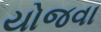
યોજવા